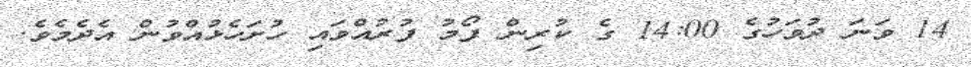
14 ވަނަ ދުވަހުގެ 14:00 ގެ ކުރިން ފޯމު ފުރުއްވައި ހުށަހެޅުއްވުން އެދެމެވެ.